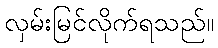
လှမ်းမြင်လိုက်ရသည်။